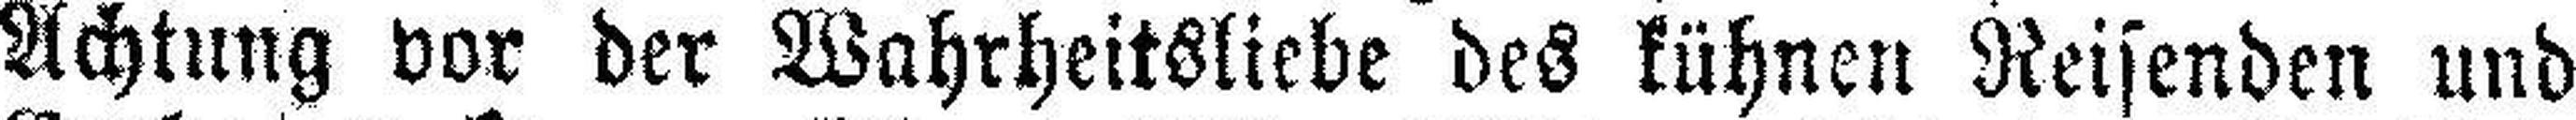
Achtung vor der Wahrheitsliebe des kühnen Reisenden und